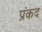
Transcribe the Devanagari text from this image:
प्रंकद